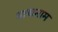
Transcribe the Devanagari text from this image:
भाषानाम